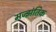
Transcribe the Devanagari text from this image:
मज्झंतिक